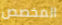
المخصص